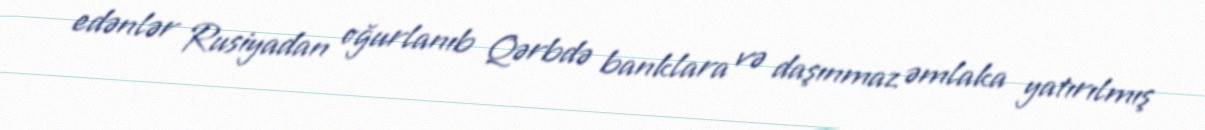
edənlər Rusiyadan oğurlanıb Qərbdə banklara və daşınmaz əmlaka yatırılmış